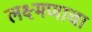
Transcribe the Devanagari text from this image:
लक्ष्मणाचा